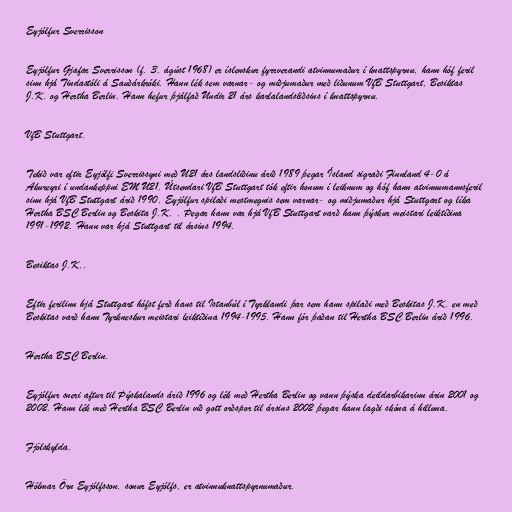
Eyjólfur Sverrisson

Eyjólfur Gjafar Sverrisson (f. 3. ágúst 1968) er íslenskur fyrrverandi atvinnumaður í knattspyrnu, hann hóf feril
sinn hjá Tindastóli á Sauðárkróki. Hann lék sem varnar- og miðjumaður með liðunum VfB Stuttgart, Besiktas
J.K. og Hertha Berlin. Hann hefur þjálfað Undir 21 árs karlalandsliðsins í knattspyrnu.

VfB Stuttgart.

Tekið var eftir Eyjólfi Sverrissyni með U21 árs landsliðinu árið 1989 þegar Ísland sigraði Finnland 4-0 á
Akureyri í undankeppni EM U21. Útsendari VfB Stuttgart tók eftir honum í leiknum og hóf hann atvinnumannsferil
sinn hjá VfB Stuttgart árið 1990. Eyjólfur spilaði mestmegnis sem varnar- og miðjumaður hjá Stuttgart og líka
Hertha BSC Berlin og Beskita J.K. . Þegar hann var hjá VfB Stuttgart varð hann þýskur meistari leiktíðina
1991-1992. Hann var hjá Stuttgart til ársins 1994.

Besiktas J.K..

Eftir ferilinn hjá Stuttgart hófst ferð hans til Istanbúl í Tyrklandi þar sem hann spilaði með Beskitas J.K. en með
Beskitas varð hann Tyrkneskur meistari leiktíðina 1994-1995. Hann fór þaðan til Hertha BSC Berlin árið 1996.

Hertha BSC Berlin.

Eyjólfur sneri aftur til Þýskalands árið 1996 og lék með Hertha Berlin og vann þýska deildarbikarinn árin 2001 og
2002. Hann lék með Hertha BSC Berlin við gott orðspor til ársins 2002 þegar hann lagði skóna á hilluna.

Fjölskylda.

Hólmar Örn Eyjólfsson, sonur Eyjólfs, er atvinnuknattspyrnumaður.